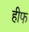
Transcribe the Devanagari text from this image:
हीफ